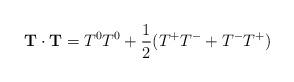
LaTeX: \begin{align*}{\bf T} \cdot {\bf T} = T^0 T^0 +\frac{1}{2} ( T^+ T^- + T^- T^+) \end{align*}